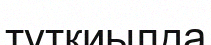
тұтқиылда